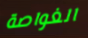
الغواصة